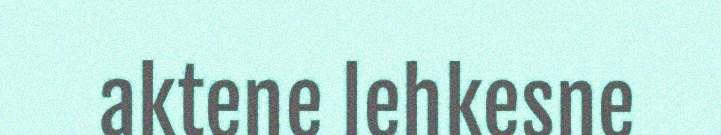
aktene lehkesne